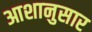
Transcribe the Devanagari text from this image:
आशानुसार